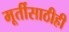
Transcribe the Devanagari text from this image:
मूर्तीसाठीही